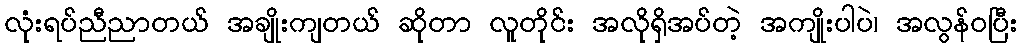
လုံးရပ်ညီညာတယ် အချိုးကျတယ် ဆိုတာ လူတိုင်း အလိုရှိအပ်တဲ့ အကျိုးပါပဲ၊ အလွန်ဝပြီး